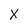
Character: X